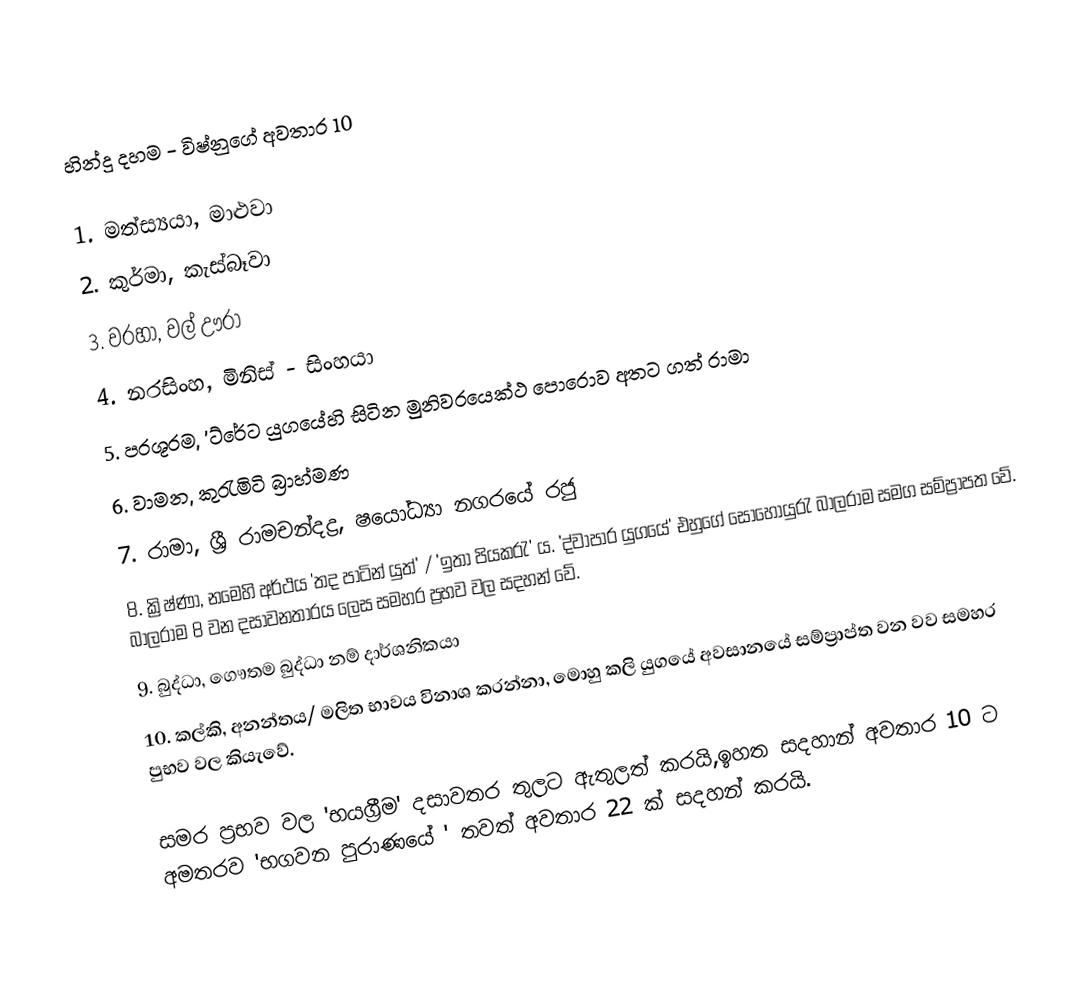
හින්දු දහම  - විෂ්නුගේ අවතාර 10

1.	මත්ස්‍යයා, මාළුවා
2.	කුර්මා, කැස්බෑවා
3.	වරහා, වල් ඌරා
4.	නරසිංහ, මිනිස් - සිංහයා
5.	පරශූරම, 'ට්රේට යුගයේහි සිටින මුනිවරයෙක්ථ පො‍රොව අතට ගත් රාමා
6.	වාමන, කුරැමිටි බ්‍රාහ්මණ
7.	රාමා, ශ්‍රී රාමචන්දද්‍ර, ෂයෝධ්‍යා නගරයේ රජු
8.	ක්‍රිෂ්ණා, නමෙහි අර්ථය 'තද පාටින් යුත්' / 'ඉතා පියකරැ' ය. 'ද්වාපාර යුගයේ' එහුගේ සොහොයුරැ බාලරාම සමග සම්ප්‍රාපත වේ. බාලරාම 8 වන දසාවනතාරය ලෙස සමහර ප්‍රභව වල සදහන් වේ.
9.	බුද්ධා, ගෞතම බුද්ධා නම් දාර්ශනිකයා
10.	කල්කි, අනන්තය/ මලිත භාවය විනාශ කරන්නා, මොහු කලි යුගයේ අවසානයේ සම්ප්‍රාප්ත වන වව සමහර පුභව වල කියැවේ.

සමර ප්‍රභව වල 'භයග්‍රීම' දසාවතර තුලට ඇතුලත් කරයි,ඉහත සදහාන් අවතාර 10 ට අමතරව 'භගවන පුරාණයේ ' තවත් අවතාර 22 ක් සදහන් කරයි.